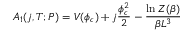
A _ { 1 } ( j , T ; P ) = V ( \phi _ { c } ) + j { \frac { \phi _ { c } ^ { 2 } } { 2 } } - { \frac { \ln Z ( \beta ) } { \beta L ^ { 3 } } }